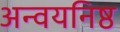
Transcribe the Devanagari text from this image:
अन्वयनिष्ठ